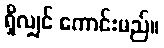
ရှိလျှင် ကောင်းမည်။